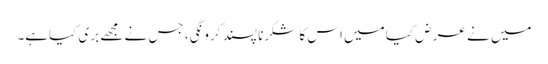
میں نے عر ض کیا میں اس کا شکرنا پسند کرو نگی، جس نے مجھے بری کیاہے۔